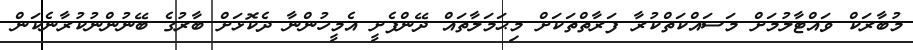
މުބާރަކް ވައްޓާލުމަށް މަސައްކަތްކުރާ ފަރާތްތަކަށް މިޙަމަލާތައް ދޭންފެށީ އެމީހުންނާ ދެކޮޅަށް ބާރުގެ ބޭނުންނުކުރާނެކަން